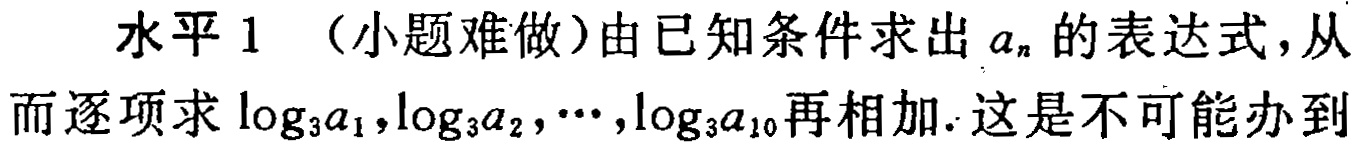
水平 1 （小题难做）由已知条件求出 \(a_{n}\) 的表达式，从而逐项求 \(\log_{3}a_{1},\log_{3}a_{2},\cdots,\log_{3}a_{10}\)再相加. 这是不可能办到